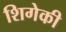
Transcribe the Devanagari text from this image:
शिगेकी